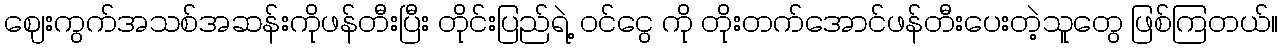
ဈေးကွက်အသစ်အဆန်းကိုဖန်တီးပြီး တိုင်းပြည်ရဲ့ ဝင်ငွေ ကို တိုးတက်အောင်ဖန်တီးပေးတဲ့သူတွေ ဖြစ်ကြတယ်။